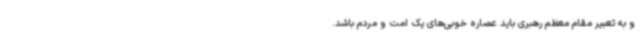
و به تعبیر مقام معظم رهبری باید عصاره خوبی‌های یک امت و مردم باشد.